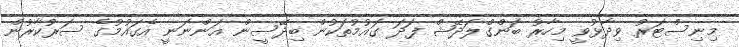
މިނިސްޓަރު ވިދާޅުވީ މިހާރު ބަންގްލަދޭޝް ފަދަ ގައުމުތަކުން ބިދޭސީން އަންނަނީ އެގައުމުގެ ސަރުކާރުން